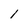
Character: 1